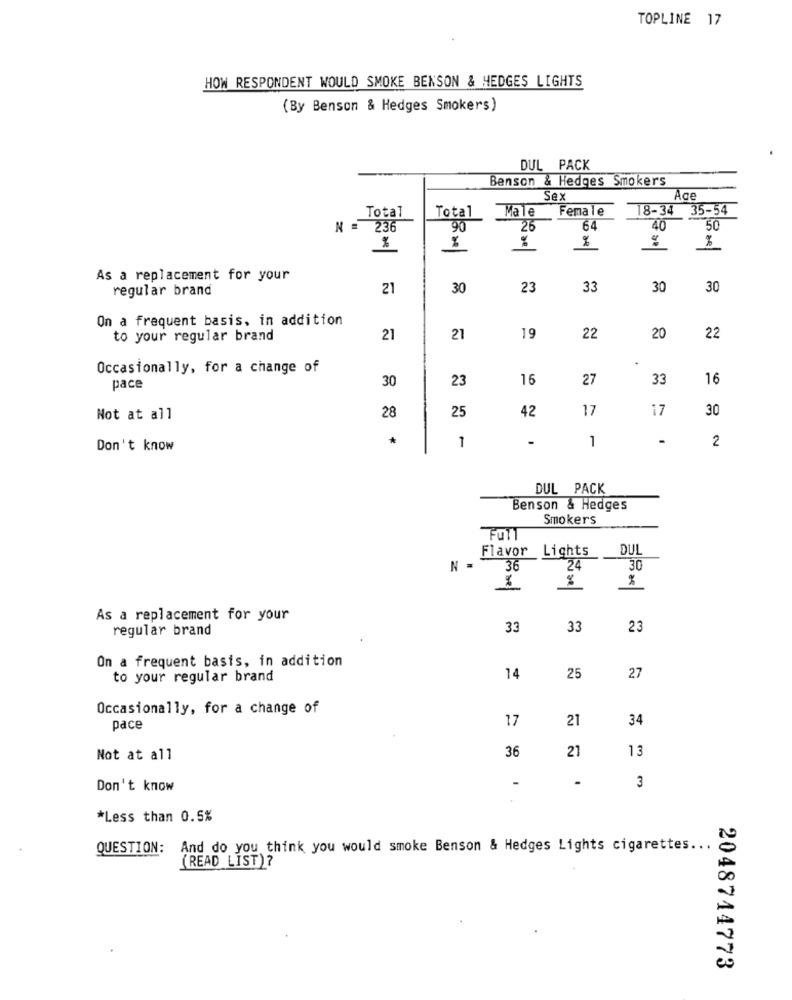
TOPLINE 17
HOW RESPONDENT WOULD SMOKE BENSON & HEDGES LIGHTS
(By Benson & Hedges Smokers)
DUL PACK
Benson & Hedges Smokers
Sex
Total
Total
Male
Female
18-34
35-54
N =
236
90
26
64
50
%
%
%
As a replacement for your
regular brand
21
30
23
33
30
30
On a frequent basis, in addition
to your regular brand
21
21
19
22
20
22
Occasionally, for a change of
30
23
16
27
33
16
pace
25
42
17
17
30
Not at all
28
*
1
1
.
2
Don't know
DUL PACK
Benson & Hedges
Smokers
Flavor Lights
N =
36
24
30
As a replacement for your
regular brand
33
33
23
On a frequent basis, in addition
to your regular brand
14
25
27
Occasionally, for a change of
17
21
34
pace
36
21
13
Not at all
.
Don't know
3
*Less than 0.5%
QUESTION: And do you think you would smoke Benson & Hedges Lights cigarettes ...
(READ LIST) ?
2048744773